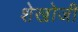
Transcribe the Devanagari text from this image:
शेखोजी